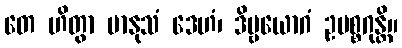
တေ ဟိတွာ မာနုသံ ဒေဟံ၊ ဒိဗ္ဗယောဂံ ဥပစ္စဂုန္တိ။